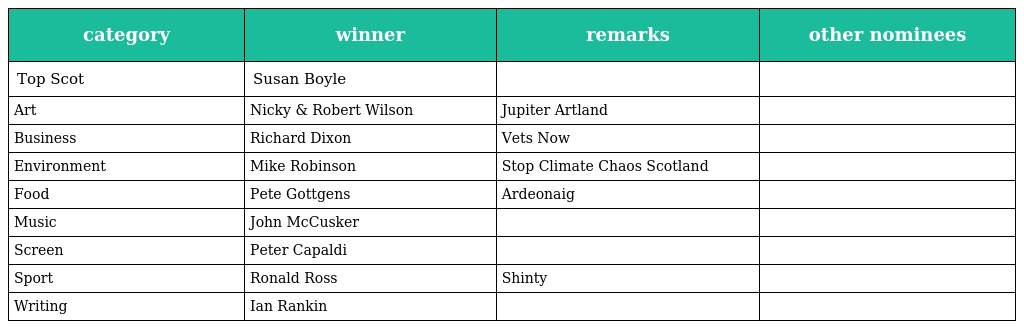
| category | winner | remarks | other nominees |
 | --- | --- | --- | --- |
 | Top Scot | Susan Boyle |  |  |
 | Art | Nicky & Robert Wilson | Jupiter Artland |  |
 | Business | Richard Dixon | Vets Now |  |
 | Environment | Mike Robinson | Stop Climate Chaos Scotland |  |
 | Food | Pete Gottgens | Ardeonaig |  |
 | Music | John McCusker |  |  |
 | Screen | Peter Capaldi |  |  |
 | Sport | Ronald Ross | Shinty |  |
 | Writing | Ian Rankin |  |  |